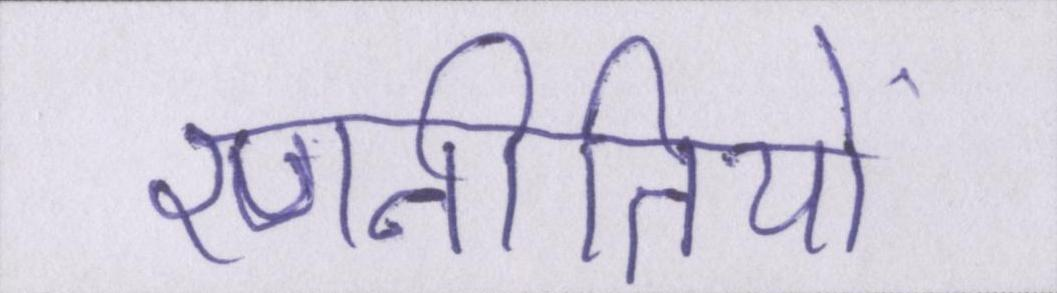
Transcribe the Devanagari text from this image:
रणनीतियों